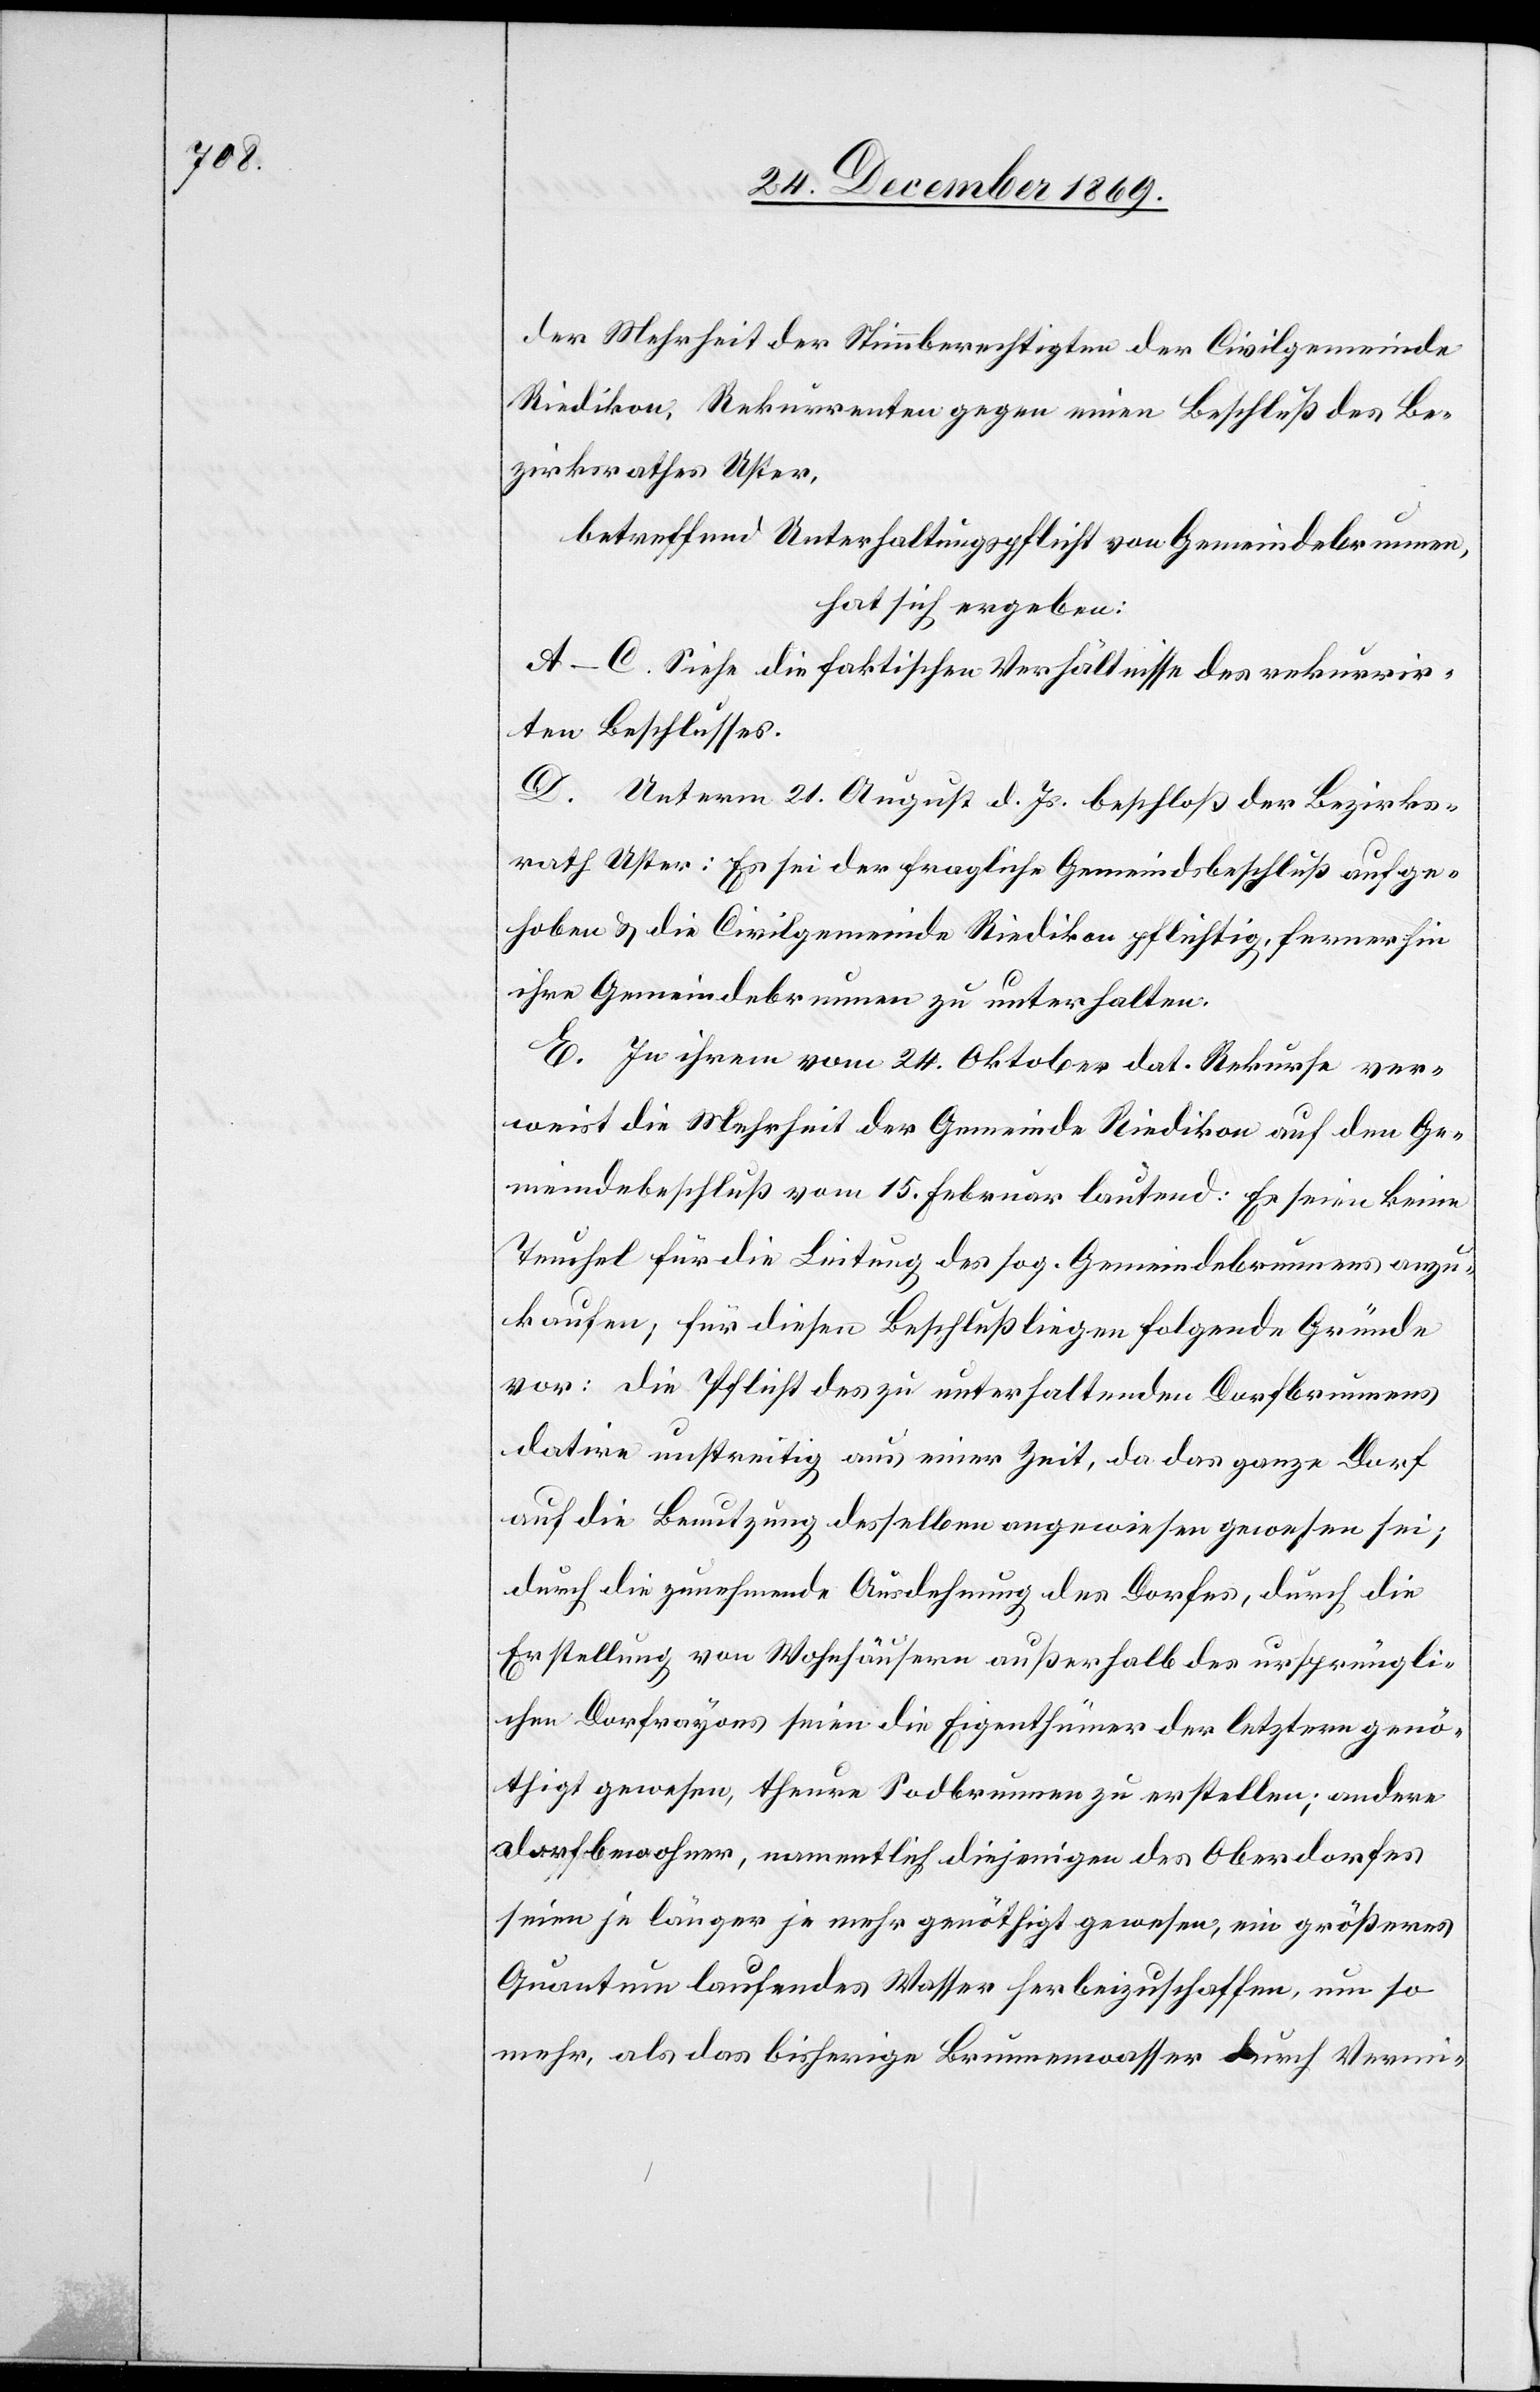
der Mehrheit der Stimmberechtigten der Civilgemeinde
Riedikon, Rekurrenten gegen einen Beschluß des Be¬
zirksrathes Uster,
betreffend Unterhaltungspflicht von Gemeindebrunnen,
hat sich ergeben:
A–C. Siehe die faktischen Verhältnisse des rekurrir¬
ten Beschlusses.
D. Unterm 21. August d. Js. beschloß der Bezirks¬
rath Uster: Es sei der fragliche Gemeindsbeschluß aufge¬
hoben & die Civilgemeinde Riedikon pflichtig, fernerhin
ihre Gemeindebrunnen zu unterhalten.
E. In ihrem vom 24. Oktober dat. Rekurse ver¬
weist die Mehrheit der Gemeinde Riedikon auf den Ge¬
meindebeschluß vom 15. Februar lautend: Es seien keine
Teuchel für die Leitung des sog. Gemeindebrunnens anzu¬
kaufen; für diesen Beschluß liegen folgende Gründe
vor: die Pflicht des zu unterhaltenden Dorfbrunnens
datire unstreitig aus einer Zeit, da das ganze Dorf
auf die Benutzung desselben angewiesen gewesen sei;
durch die zunehmende Ausdehnung des Dorfes, durch die
Erstellung von Wohnhäusern außerhalb des ursprüngli¬
chen Dorfrayons seien die Eigenthümer der letztern genö¬
thigt gewesen, theure Sodbrunnen zu erstellen; andere
Dorfbewohner, namentlich diejenigen des Oberdorfes
seien je länger je mehr genöthigt gewesen, ein größeres
Quantum laufendes Wasser herbeizuschaffen, um so
mehr, als das bisherige Brunnenwasser durch Vermi-